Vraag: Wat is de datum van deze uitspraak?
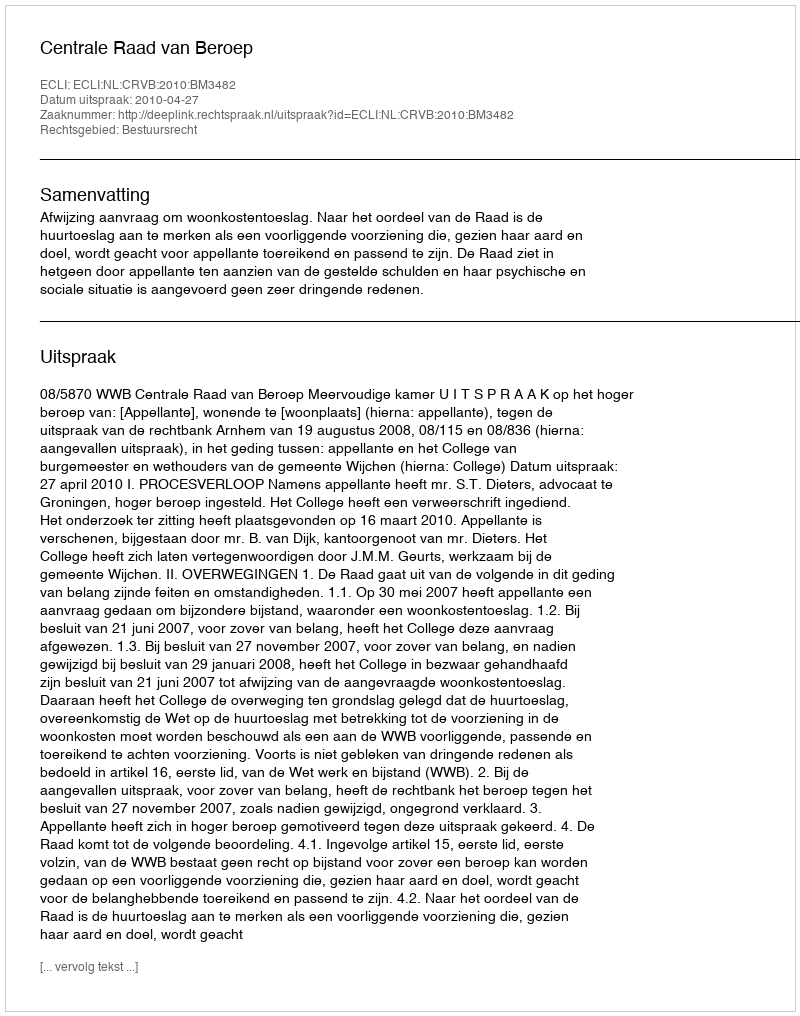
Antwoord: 2010-04-27